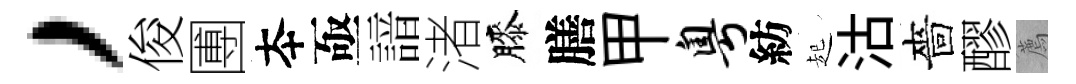
，俊圑夲亟諳渚膝膳甲粤紡起沽嗇醪薦